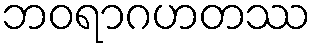
ဘဝရာဂဟတဿ